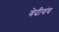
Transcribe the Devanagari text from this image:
वेदीवंघ